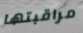
مراقبتها